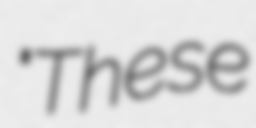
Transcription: "These